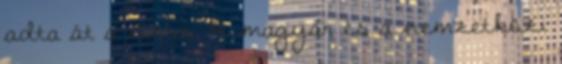
adta át a címet. A magyar és a nemzetközi